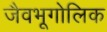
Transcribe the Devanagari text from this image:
जैवभूगोलिक